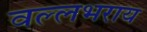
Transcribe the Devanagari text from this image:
वल्‍लभराय